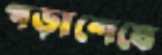
পড়াশেষে